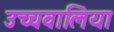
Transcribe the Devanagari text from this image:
उच्चवालिया